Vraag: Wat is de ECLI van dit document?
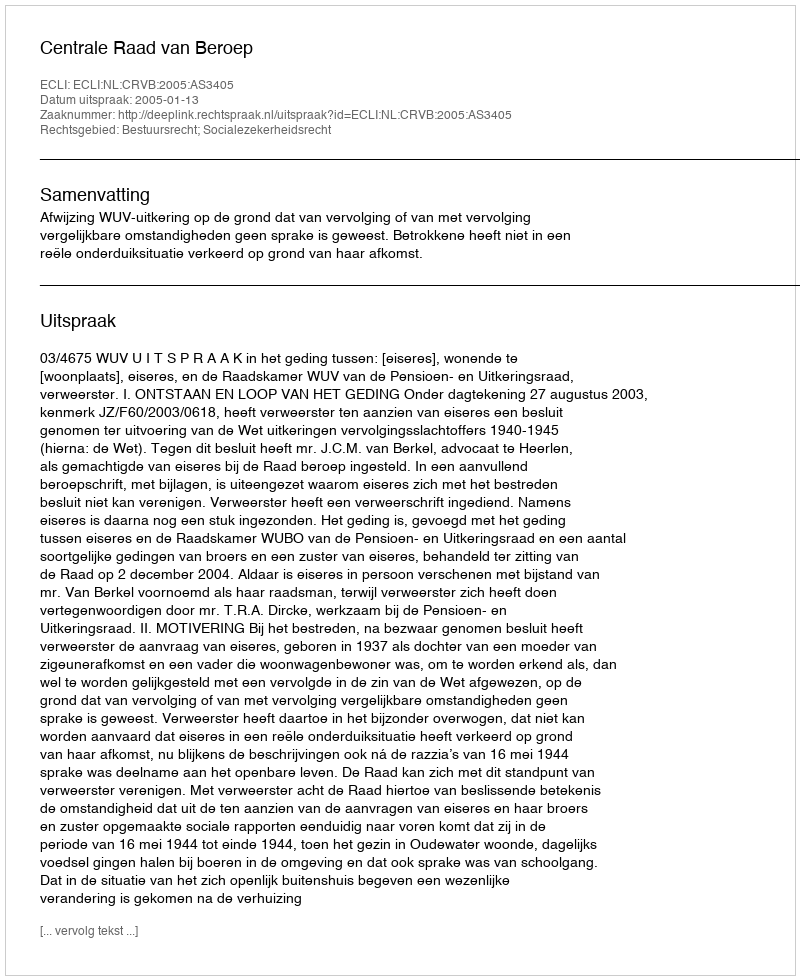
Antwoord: ECLI:NL:CRVB:2005:AS3405